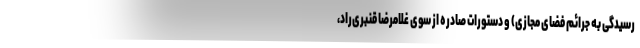
رسیدگی به جرائم فضای مجازی) و دستورات صادره از سوی غلامرضا قنبری‌راد،